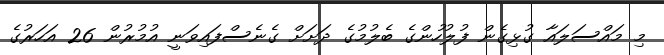
މި މައްސަލައާ ގުޅިގެން ފުލުހުންގެ ބެލުމުގެ ދަށަށް ގެނެސްފައިވަނީ އުމުރުން 26 އަހަރުގެ